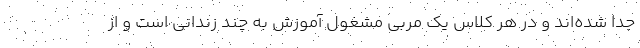
جدا شده‌اند و در هر کلاس یک مربی مشغول آموزش به چند زندانی است و از